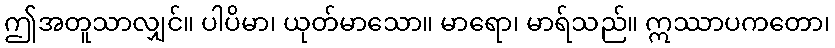
ဤအတူသာလျှင်။ ပါပိမာ၊ ယုတ်မာသော။ မာရော၊ မာရ်သည်။ ဣဿာပကတော၊